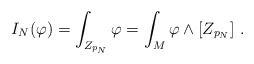
\begin{align*} I_{N}(\varphi)=\int_{Z_{p_N}}\varphi=\int_M\varphi\wedge [Z_{p_N}]\ .\end{align*}